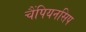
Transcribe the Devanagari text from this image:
चैंपियनसिप